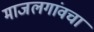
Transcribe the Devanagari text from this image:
माजलगांवचा